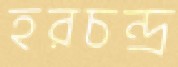
হরচন্দ্র